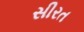
સીરત